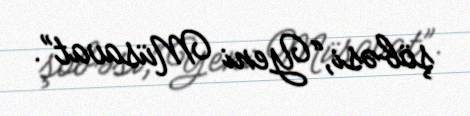
şöbəsi,“Yeni Müsavat”.